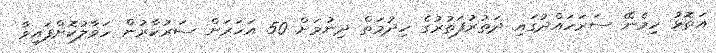
އަތޮޅު ހިމެނޭ ސަރަހައްދުގައި ދަތުރުފަތުރުގެ ހިދުމަތް ދިނުމަށް 50 އަހަރަށް ސަރުކާރުން ހަވާލުކޮށްފައިވާ